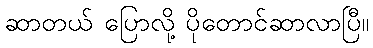
ဆာတယ် ပြောလို့ ပိုတောင်ဆာလာပြီ။